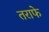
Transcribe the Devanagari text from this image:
तराफे